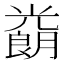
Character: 𱏮